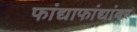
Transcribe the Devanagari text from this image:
फांद्याफांद्यांवर